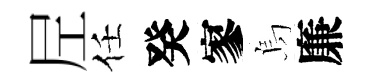
𡰱任癸寥烏廉